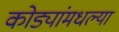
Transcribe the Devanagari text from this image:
कोड्यांमधल्या